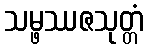
သမ္ဖဿဇသုတ္တံ